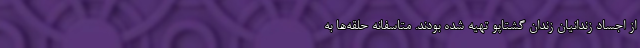
از اجساد زندانیان زندان گشتاپو تهیه شده بودند. متاسفانه حلقه‌ها به